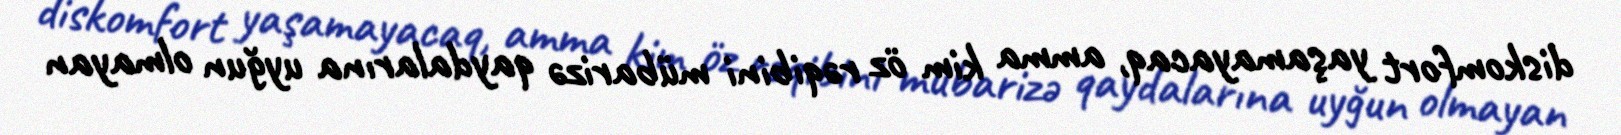
diskomfort yaşamayacaq, amma kim öz rəqibini mübarizə qaydalarına uyğun olmayan